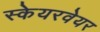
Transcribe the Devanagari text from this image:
स्केयरवेयर